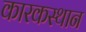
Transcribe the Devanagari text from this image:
कारकस्थान